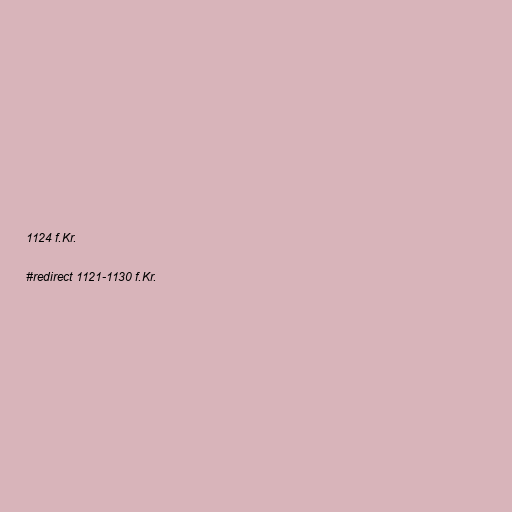
1124 f.Kr.

#redirect 1121-1130 f.Kr.